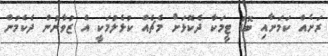
ރަށެއް ކަމަށާއި ބޮޑު ޓީމަކާ ދެކޮޅަށް މެޗެއް ކުޅެލުމަކީ އެ ޒުވާނުން ދެކެމުން